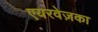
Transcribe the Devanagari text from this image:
एयरवेज़का